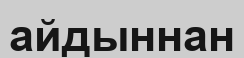
айдыннан